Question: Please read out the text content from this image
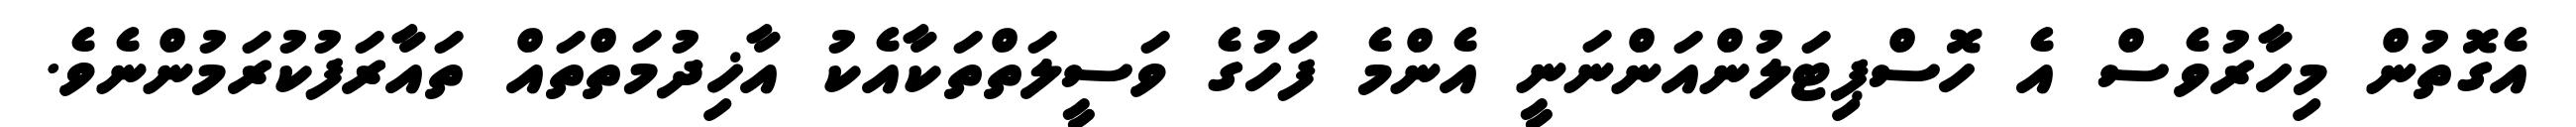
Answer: އެގޮތުން މިހާރުވެސް އެ ހޮސްޕިޓަލުންއަންނަނީ އެންމެ ފަހުގެ ވަސީލަތްތަކާއެކު އާޚިދުމަތްތައް ތައާރަފުކުރަމުންނެވެ.